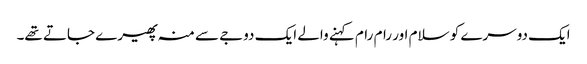
ایک دوسرے کو سلام اور رام رام کہنے والے ایک دوجے سے منہ پھیرے جاتے تھے۔